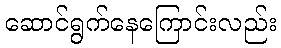
ဆောင်ရွက်နေကြောင်းလည်း